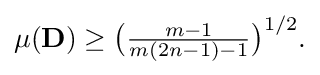
{\textstyle \mu (\mathbf {D} )\geq {\big (}{\frac {m-1}{m(2n-1)-1}}{\big )}^{1/2}.}